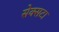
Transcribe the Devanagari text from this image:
सेक्सटा